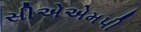
સીએએમપી